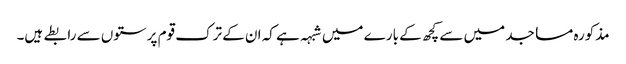
مذکورہ مساجد میں سے کچھ کے بارے میں شبہہ ہے کہ ان کے ترک قوم پرستوں سے رابطے ہیں۔